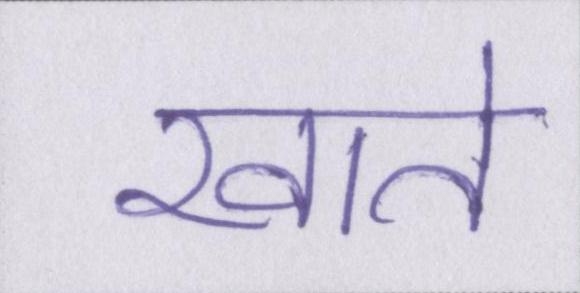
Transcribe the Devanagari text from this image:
खाते